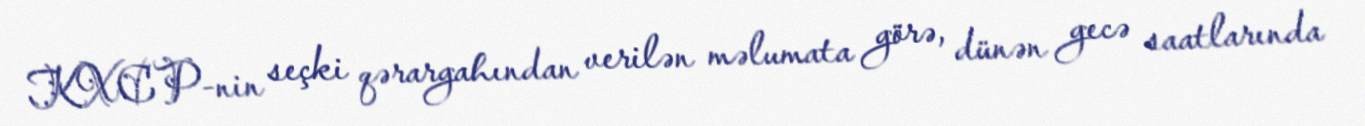
KXCP-nin seçki qərargahından verilən məlumata görə, dünən gecə saatlarında